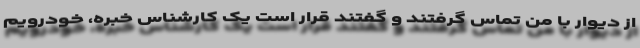
از دیوار با من تماس گرفتند و گفتند قرار است یک کارشناس خبره، خودرویم